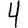
Digit: 4